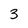
Character: 3